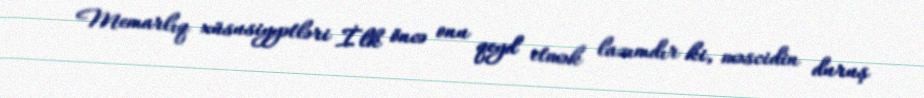
Memarlıq xüsusiyyətləri İlk öncə onu qeyd etmək lazımdır ki, məscidin duruş